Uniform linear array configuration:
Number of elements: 48
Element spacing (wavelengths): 0.75
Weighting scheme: binomial
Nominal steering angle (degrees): -60
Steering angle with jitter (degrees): -59.091
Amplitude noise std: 0.05
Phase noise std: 0.05

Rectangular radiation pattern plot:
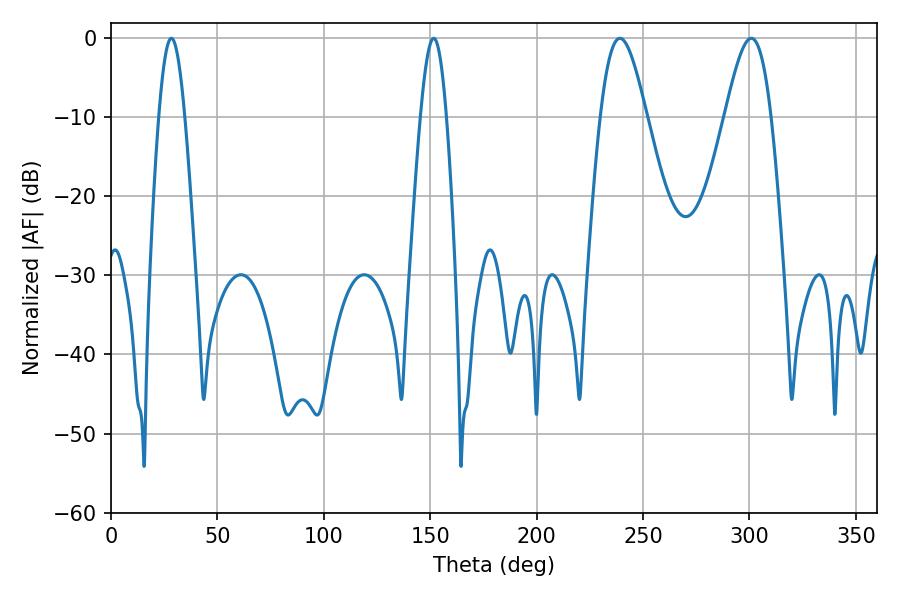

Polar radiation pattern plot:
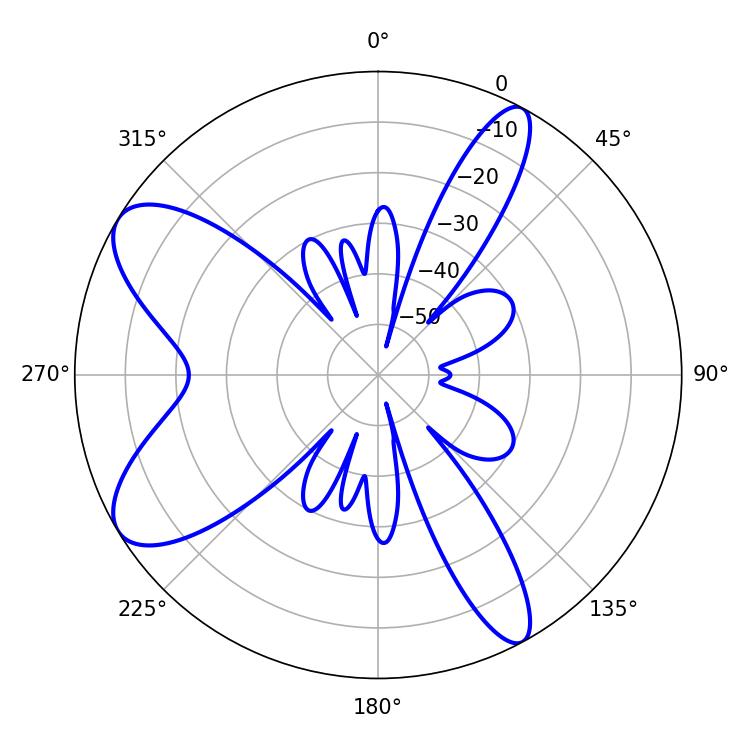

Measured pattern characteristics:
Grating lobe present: TRUE
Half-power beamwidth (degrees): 11.52
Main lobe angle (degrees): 239.04